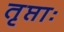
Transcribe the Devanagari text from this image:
तृप्ताः